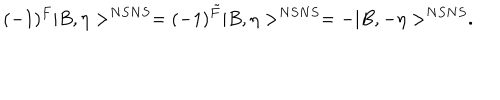
( - 1 ) ^ { F } | B , \eta > ^ { N S N S } = ( - 1 ) ^ { \tilde { F } } | B , \eta > ^ { N S N S } = - | B , - \eta > ^ { N S N S } .